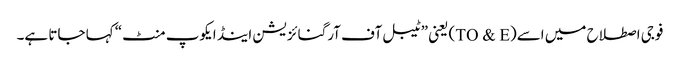
فوجی اصطلاح میں اسے(TO & E) یعنی ”ٹیبل آف آرگنائزیشن اینڈ ایکوپ منٹ“ کہا جاتا ہے۔